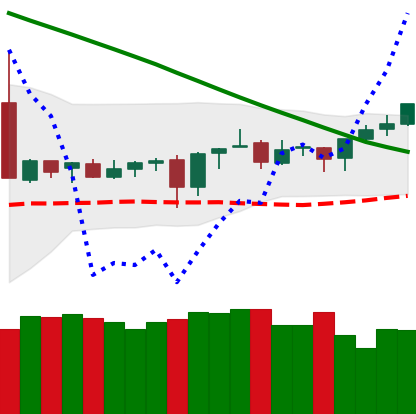
Ticker: XMR-USD
Chart end date: 2019-03-15
Forward return: 4.241%
Label: up_3_5